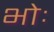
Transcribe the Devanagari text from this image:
भोः